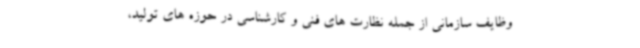
وظایف سازمانی از جمله نظارت های فنی و کارشناسی در حوزه های تولید،